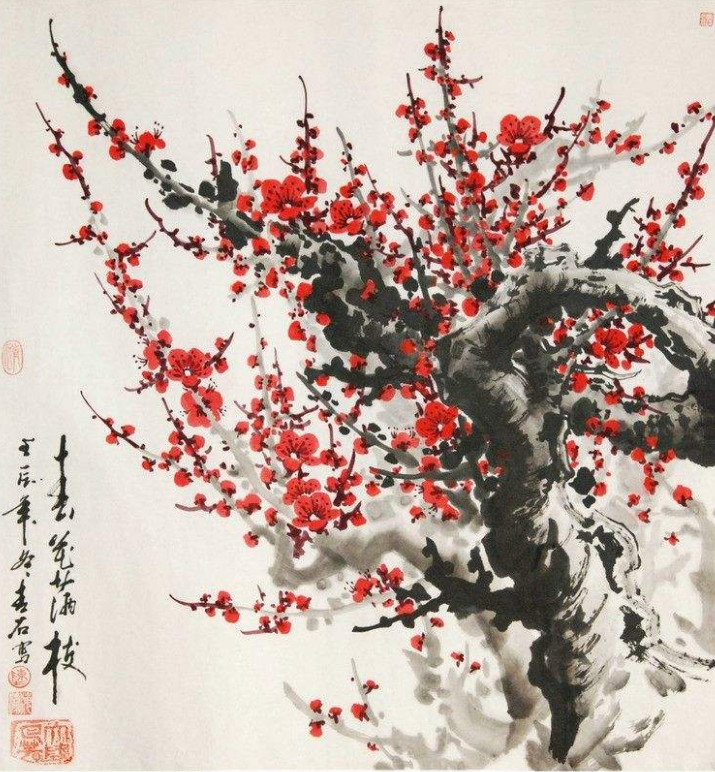
江南几度梅花发，人在天涯鬓已斑。